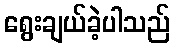
ရွေးချယ်ခဲ့ပါသည်